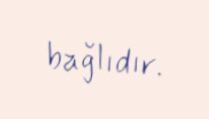
bağlıdır.